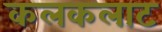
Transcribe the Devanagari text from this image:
कलकलाट